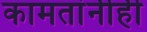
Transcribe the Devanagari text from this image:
कामतांनीही